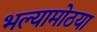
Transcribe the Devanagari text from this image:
भल्यामोठया